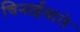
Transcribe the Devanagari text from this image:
चिनाईवाले